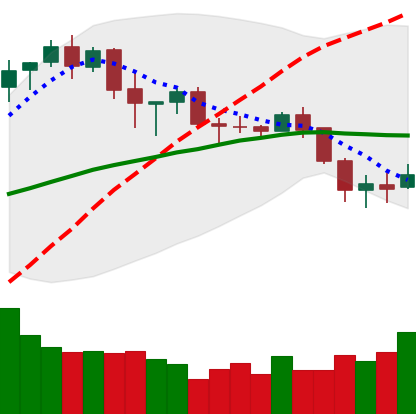
Ticker: BNB-USD
Chart end date: 2020-02-29
Forward return: 6.219%
Label: up_5_7